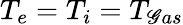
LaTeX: T_{e}=T_{i}=T_{\mathscr{G}as}